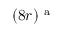
( 8 r ) ^ { \mathrm { ~ a ~ } }